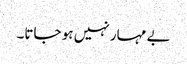
بے مہار نہیں ہو جاتا۔